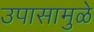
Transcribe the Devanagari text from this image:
उपासामुळे